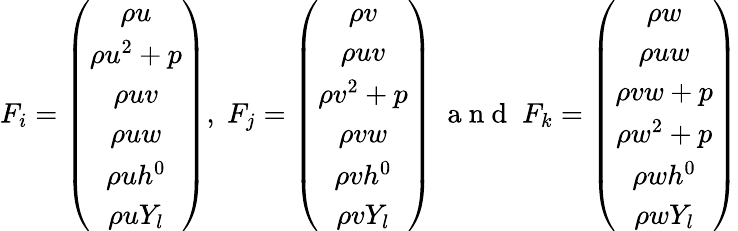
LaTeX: F_{i}=\left(\begin{array}{c}{\rho{u}}\\ {\rho{u^{2}}+p}\\ {\rho{uv}}\\ {\rho{uw}}\\ {\rho{uh^{0}}}\\ {\rho{uY_{l}}}\end{array}\right),\; F_{j}=\left(\begin{array}{c}{\rho{v}}\\ {\rho{uv}}\\ {\rho{v^{2}}+p}\\ {\rho{vw}}\\ {\rho{vh^{0}}}\\ {\rho{vY_{l}}}\end{array}\right)\; \mathrm{~a~n~d~}\; F_{k}=\left(\begin{array}{c}{\rho{w}}\\ {\rho{uw}}\\ {\rho{vw}+p}\\ {\rho{w^{2}}+p}\\ {\rho{wh^{0}}}\\ {\rho{wY_{l}}}\end{array}\right)